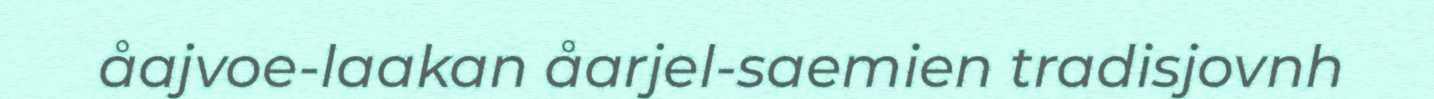
åajvoe-laakan åarjel-saemien tradisjovnh